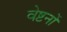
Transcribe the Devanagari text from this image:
वेष्टनों